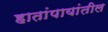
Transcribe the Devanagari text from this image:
हातांपायांतील